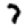
Digit: 7